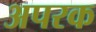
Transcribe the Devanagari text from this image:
अपरक